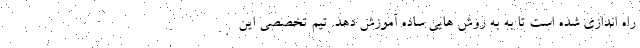
راه اندازی شده است تا به به روش هایی ساده آموزش دهد. تیم تخصصی این